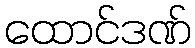
ထောင်ဒဏ်